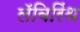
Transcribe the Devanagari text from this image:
लॅबिरिंथ